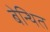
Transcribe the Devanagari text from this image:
बेन्थित